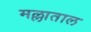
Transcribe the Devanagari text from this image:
मल्लाताल